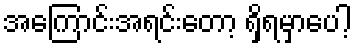
အကြောင်းအရင်းတော့ ရှိရမှာပေါ့